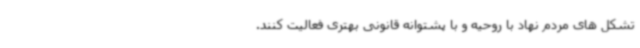
تشکل های مردم نهاد با روحیه و با پشتوانه قانونی بهتری فعالیت کنند.